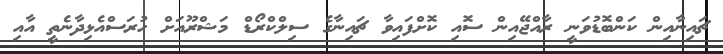
ޗައިނާއިން ކަންބޮޑުވަނީ ރާއްޖޭއިން ސޮއި ކޮށްފައިވާ ޗައިނާގެ ސިލްކްރޯޑް މަޝްރޫއަށް ހުރަސްއެޅިދާނެތީ އާއި